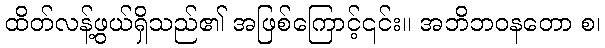
ထိတ်လန့်ဖွယ်ရှိသည်၏ အဖြစ်ကြောင့်၎င်း။ အဘိဘဝနတော စ၊